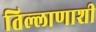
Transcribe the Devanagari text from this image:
तिल्लाणाशी